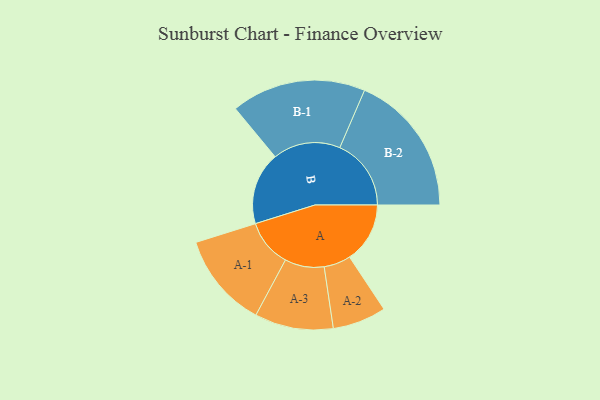
{"axis": {"x": "Segment", "y": "Value"}, "legend": ["", "A", "B"], "data": [{"x": "A", "y": 243, "type": ""}, {"x": "B", "y": 292, "type": ""}, {"x": "A-1", "y": 191, "type": "A"}, {"x": "A-2", "y": 108, "type": "A"}, {"x": "A-3", "y": 158, "type": "A"}, {"x": "B-1", "y": 271, "type": "B"}, {"x": "B-2", "y": 287, "type": "B"}]}